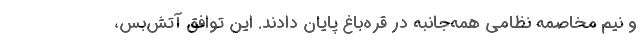
و نیم مخاصمه نظامی همه‌جانبه در قره‌باغ پایان دادند. این توافق آتش‌بس،